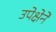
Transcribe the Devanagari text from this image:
उपेक्षेने